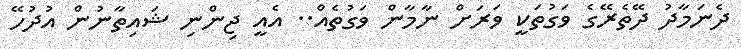
ދެނަމާދު ދޭތެރޭގެ ވަގުތަކީ ވަރަށް ނާމާން ވަގުތެއް.. އެއީ ޖިންނި ޝައިތާނުން އުދުހޭ